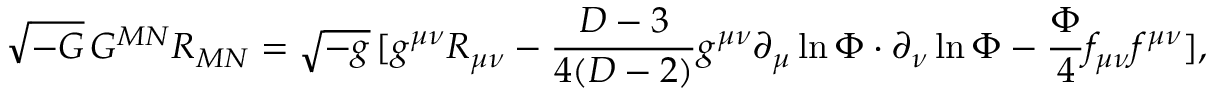
\sqrt { - G } \, G ^ { M N } R _ { M N } = \sqrt { - g } \, [ g ^ { \mu \nu } R _ { \mu \nu } - \frac { D - 3 } { 4 ( D - 2 ) } g ^ { \mu \nu } \partial _ { \mu } \ln \Phi \cdot \partial _ { \nu } \ln \Phi - \frac { \Phi } { 4 } f _ { \mu \nu } f ^ { \mu \nu } ] ,